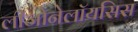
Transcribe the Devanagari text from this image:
लीजोनेलॉयसिस